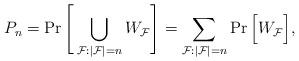
LaTeX: \begin{align*} P_n =\Pr\Bigg[\bigcup_{\mathcal{F}: |\mathcal{F}|=n}W_\mathcal{F}\Bigg] = \sum_{\mathcal{F}: |\mathcal{F}|=n}\Pr\Big[ W_\mathcal{F}\Big],\end{align*}